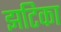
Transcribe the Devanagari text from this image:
झटिका